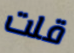
قلت